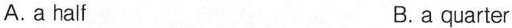
A.a half B.a quarter